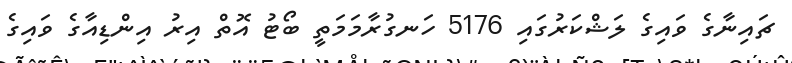
ޗައިނާގެ ވައިގެ ލަޝްކަރުގައި 5176 ހަނގުރާމަމަތީ ބޯޓު އޮތް އިރު އިންޑިއާގެ ވައިގެ